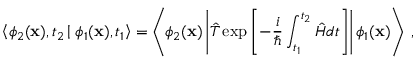
\left\langle \phi _ { 2 } ( { \bf x } ) , t _ { 2 } \left| \right. \phi _ { 1 } ( { \bf x } ) , t _ { 1 } \right\rangle = \left\langle \phi _ { 2 } ( { \bf x } ) \left| \hat { T } \exp \left[ - \frac { i } { \hbar } \int _ { t _ { 1 } } ^ { t _ { 2 } } \hat { H } d t \right] \right| \phi _ { 1 } ( { \bf x } ) \right\rangle \; ,